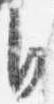
自